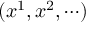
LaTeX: ( x ^ { 1 } , x ^ { 2 } , \cdots )